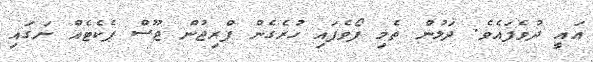
އައީ ދުވެފައެވެ. ދަލުން ތެމި ފޯވެފައި ހުރެގެން ފްރިޖުން ޖޫސް ޕެކެޓެއް ނަގައި